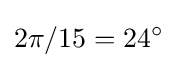
2\pi /15=24^{\circ }